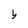
Character: b